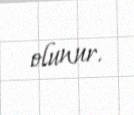
olunur.